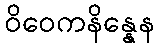
ဝိဝေကနိန္နေန